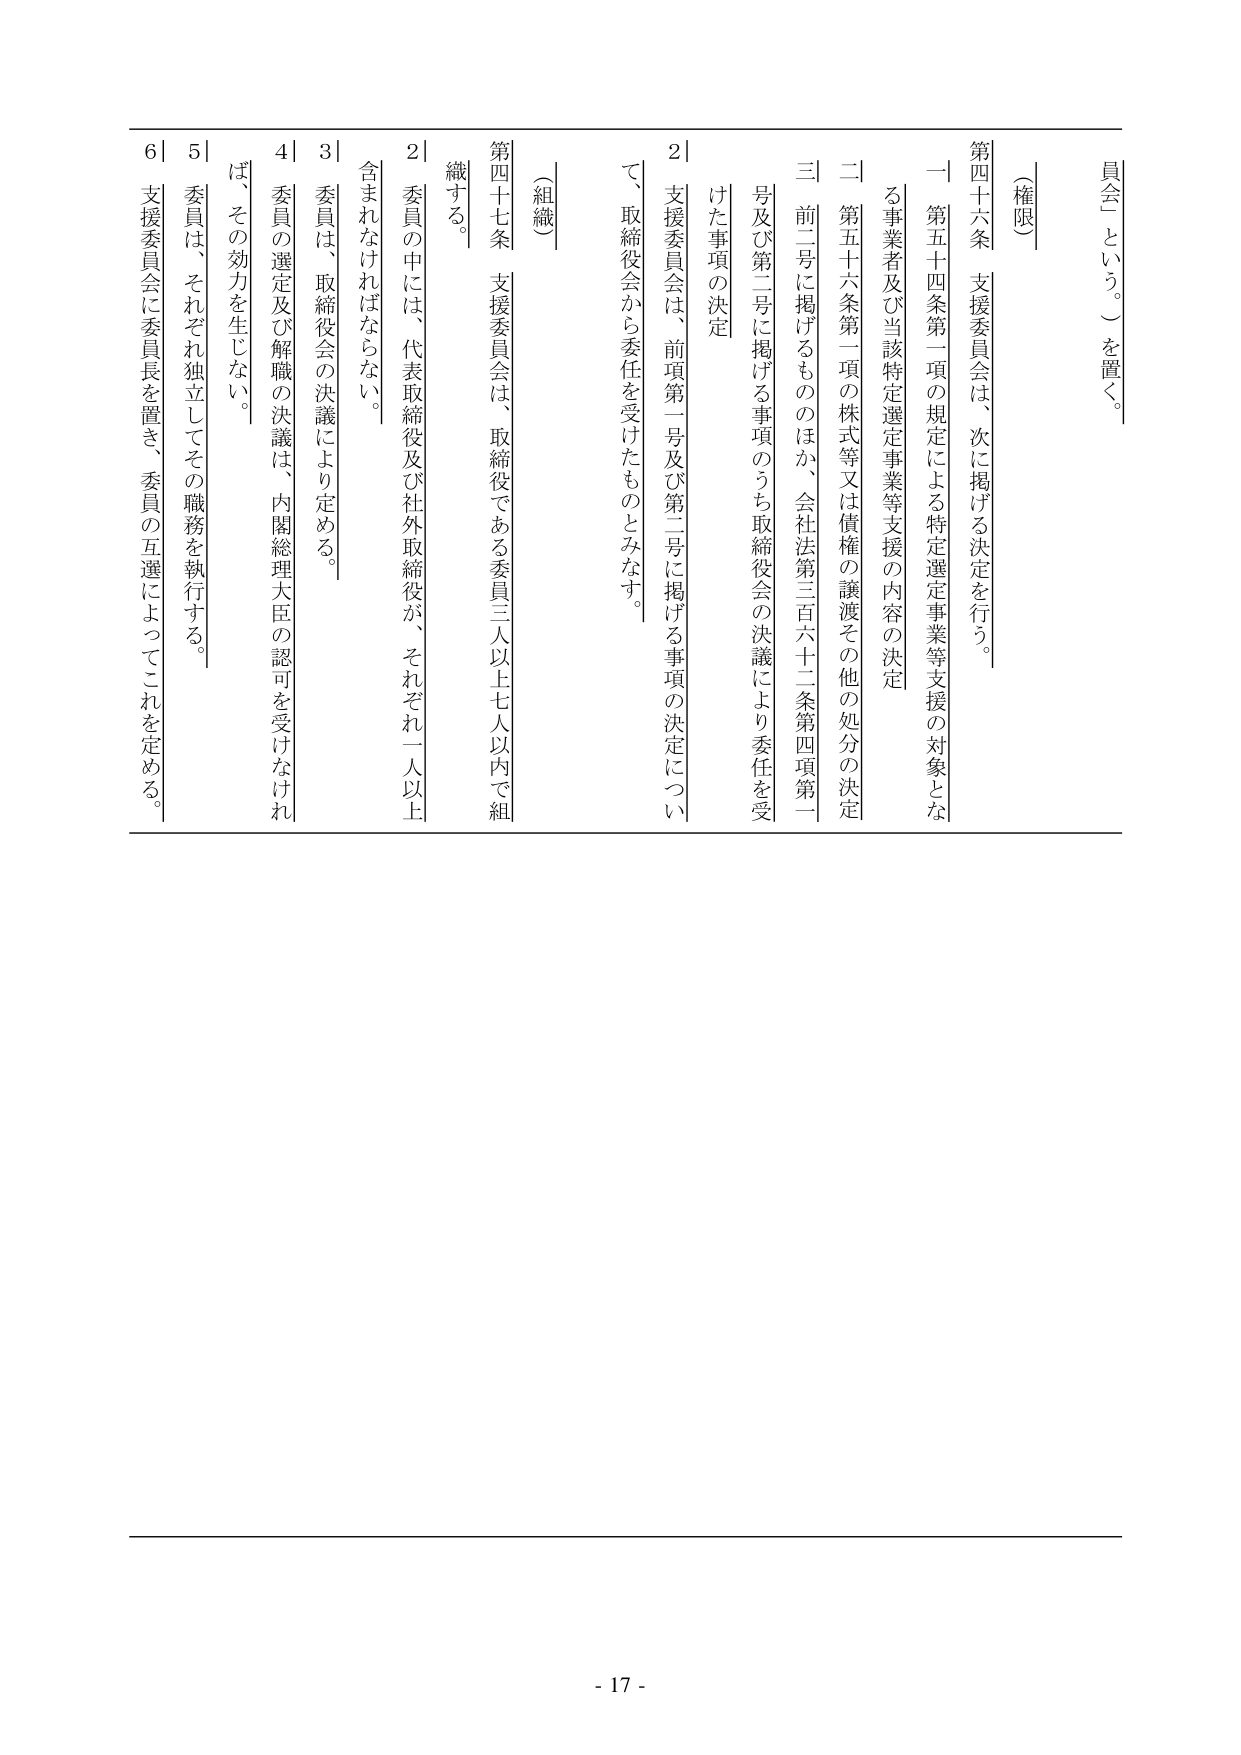
員会」という。）を置く。

〔権限〕

第四十六条　支援委員会は、次に掲げる決定を行う。

一　第五十四条第一項の規定による特定選定事業等支援の対象となる事業者及び当該特定選定事業等支援の内容の決定

二　第五十六条第一項の株式等又は債権の譲渡その他の処分の決定

三　前二号に掲げるもののほか、会社法第三百六十二条第四項第一号及び第二号に掲げる事項のうち取締役会の決議により委任を受けた事項の決定

２　支援委員会は、前項第一号及び第二号に掲げる事項の決定について、取締役会から委任を受けたものとみなす。

〔組織〕

第四十七条　支援委員会は、取締役である委員三人以上七人以内で組織する。

２　委員の中には、代表取締役及び社外取締役が、それぞれ一人以上含まれなければならない。

３　委員は、取締役会の決議により定める。

４　委員の選定及び解職の決議は、内閣総理大臣の認可を受けなければ、その効力を生じない。

５　委員は、それぞれ独立してその職務を執行する。

６　支援委員会に委員長を置き、委員の互選によってこれを定める。

- 17 -